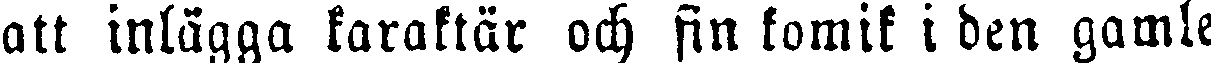
att inlägga karaktär och fin komik i den gamle